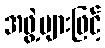
အဖွဲ့များဖြင့်